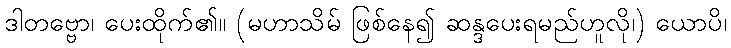
ဒါတဗ္ဗော၊ ပေးထိုက်၏။ (မဟာသိမ် ဖြစ်နေ၍ ဆန္ဒပေးရမည်ဟူလို၊) ယောပိ၊